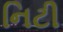
નિટી